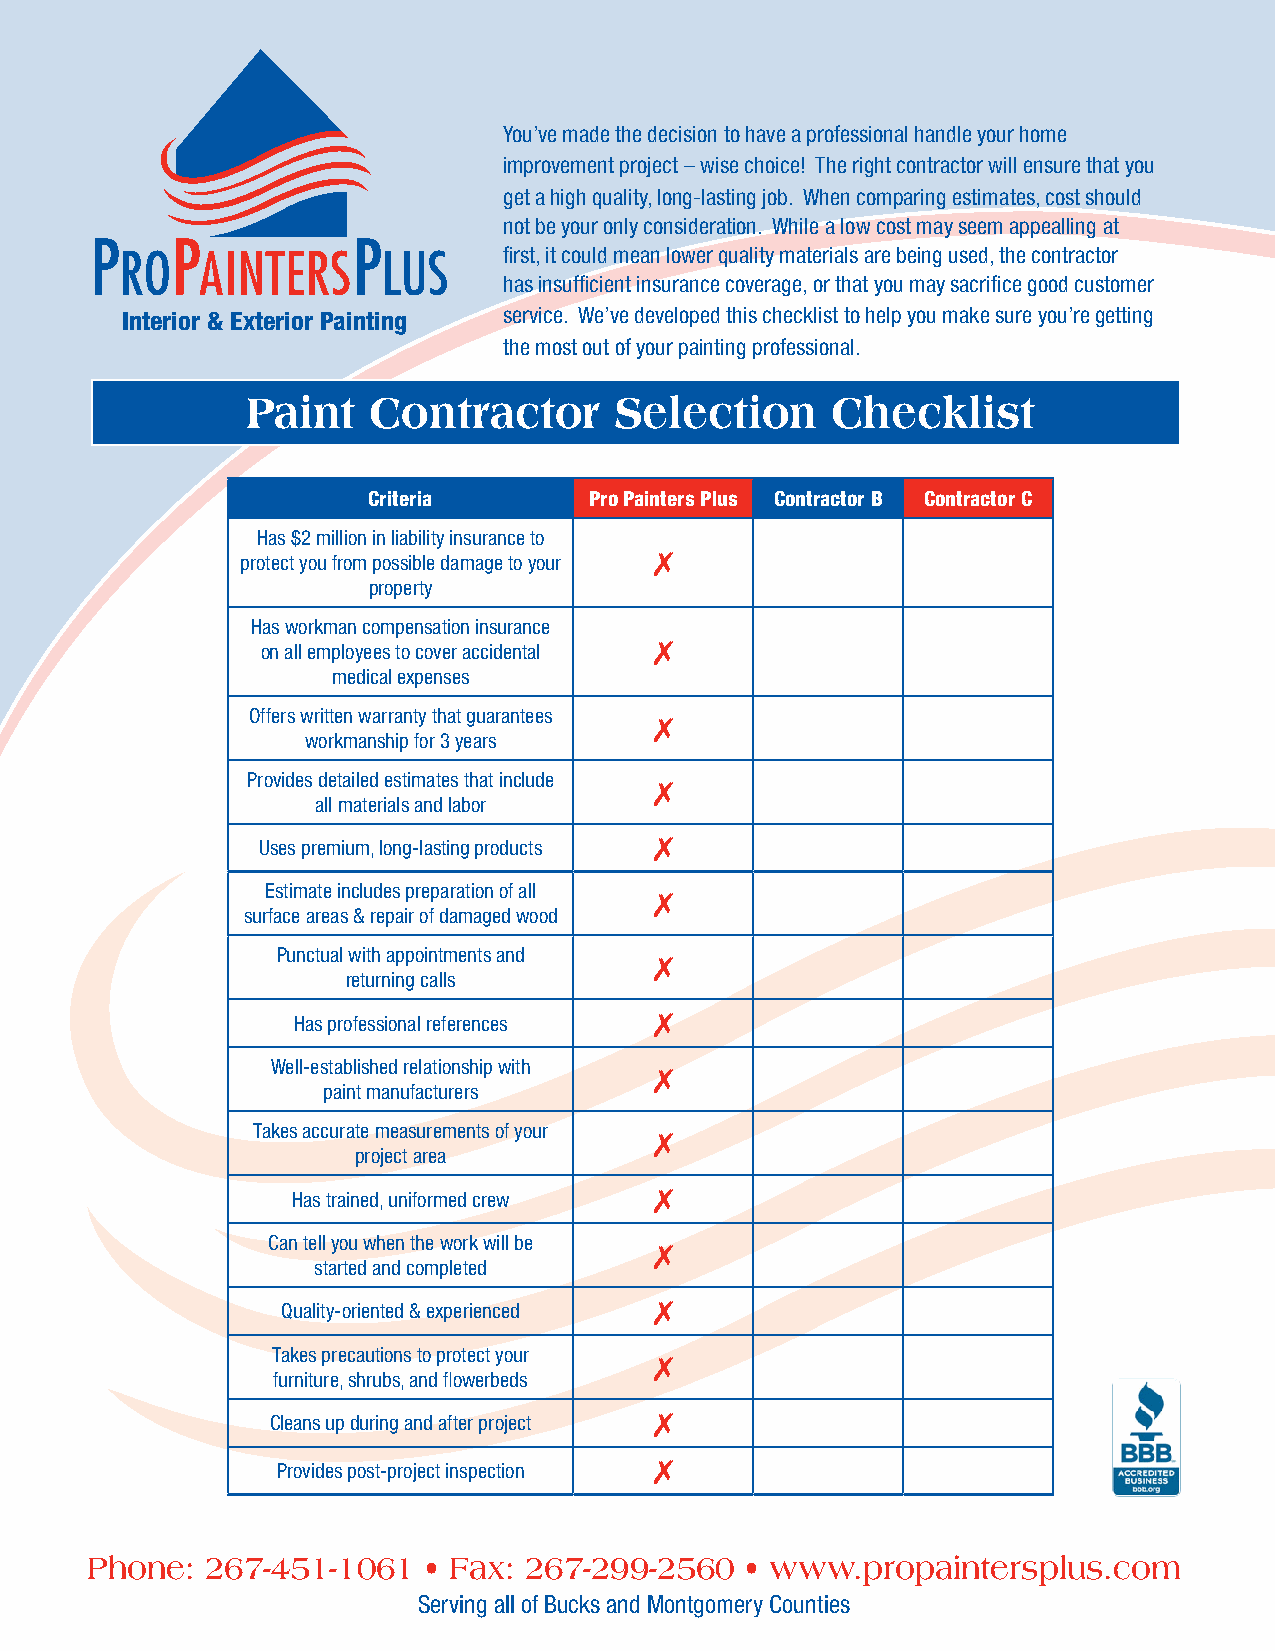
You’ve made the decision to have a professional handle your home
 improvement project – wise choice! The right contractor will ensure that you
 get a high quality, long-lasting job. When comparing estimates, cost should
 not be your only consideration. While a low cost may seem appealling at
 first, it could mean lower quality materials are being used, the contractor
 has insufficient insurance coverage, or that you may sacrifice good customer
 Interior & Exterior Painting service. We’ve developed this checklist to help you make sure you’re getting
 the most out of your painting professional.
 Paint    Contractor      Selection     Checklist
 Criteria       Pro Painters Plus Contractor B Contractor C
 Has $2 million in liability insurance to
 7
 protect you from possible damage to your
 property
 Has workman compensation insurance
 7
 on all employees to cover accidental
 medical expenses
 Offers written warranty that guarantees 7
 workmanship for 3 years
 Provides detailed estimates that include 7
 all materials and labor
 7
 Uses premium, long-lasting products
 Estimate includes preparation of all 7
 surface areas & repair of damaged wood
 Punctual with appointments and 7
 returning calls
 7
 Has professional references
 Well-established relationship with 7
 paint manufacturers
 Takes accurate measurements of your 7
 project area
 7
 Has trained, uniformed crew
 Can tell you when the work will be 7
 started and completed
 7
 Quality-oriented & experienced
 Takes precautions to protect your 7
 furniture, shrubs, and flowerbeds
 7
 Cleans up during and after project
 7
 Provides post-project inspection
 Phone:  267-451-1061  • Fax: 267-299-2560  • www.propaintersplus.com
 Serving all of Bucks and Montgomery Counties